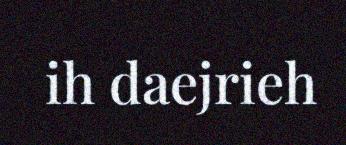
ih daejrieh